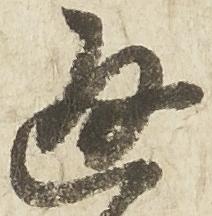
通